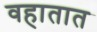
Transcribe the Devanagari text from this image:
वहातात